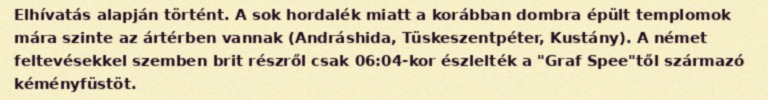
Elhívatás alapján történt. A sok hordalék miatt a korábban dombra épült templomok mára szinte az ártérben vannak (Andráshida, Tüskeszentpéter, Kustány). A német feltevésekkel szemben brit részről csak 06:04-kor észlelték a "Graf Spee"től származó kéményfüstöt.